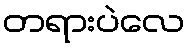
တရားပဲလေ